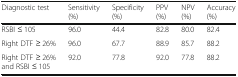
<table><thead><tr><td><b>Diagnostic test</b></td><td><b>Sensitivity (%)</b></td><td><b>Specificity (%)</b></td><td><b>PPV (%)</b></td><td><b>NPV (%)</b></td><td><b>Accuracy (%)</b></td></tr></thead><tbody><tr><td>RSBI ≤ 105</td><td>96.0</td><td>44.4</td><td>82.8</td><td>80.0</td><td>82.4</td></tr><tr><td>Right DTF ≥ 26%</td><td>96.0</td><td>67.7</td><td>88.9</td><td>85.7</td><td>88.2</td></tr><tr><td>Right DTF ≥ 26% and RSBI ≤ 105</td><td>92.0</td><td>77.8</td><td>92.0</td><td>77.8</td><td>88.2</td></tr></tbody></table>